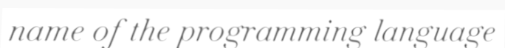
name of the programming language